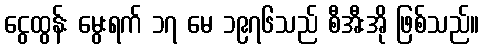
ငွေထွန်း မွေးရက် ၁၇ မေ ၁၉၇၆သည် စီအီးအို ဖြစ်သည်။